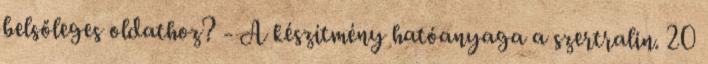
belsőleges oldathoz? - A készítmény hatóanyaga a szertralin. 20